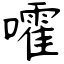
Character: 嚯